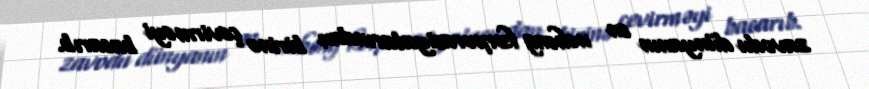
zavodu dünyanın ən nəhəng korporasiyalarından birinə çevirməyi bacarıb.